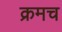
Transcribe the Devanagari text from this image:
क्रमच